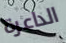
الداعرة